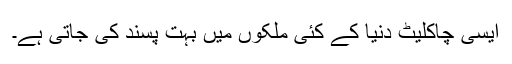
ایسی چاکلیٹ دنیا کے کئی ملکوں میں بہت پسند کی جاتی ہے۔